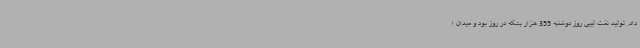
داد. تولید نفت لیبی روز دوشنبه 355 هزار بشکه در روز بود و میدان ا